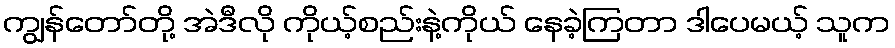
ကျွန်တော်တို့ အဲဒီလို ကိုယ့်စည်းနဲ့ကိုယ် နေခဲ့ကြတာ ဒါပေမယ့် သူက